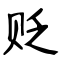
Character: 贬